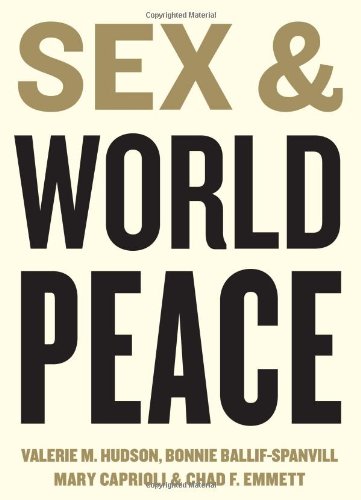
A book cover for Sex and World Peace; Valerie M. Hudson; Politics & Social Sciences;